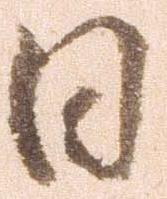
日